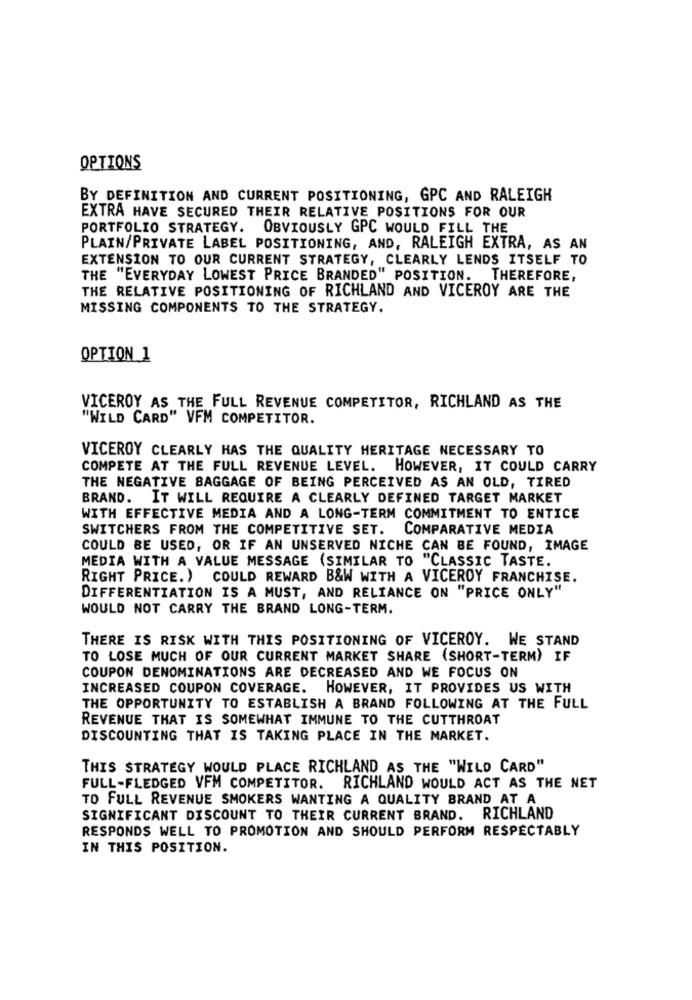
OPTIONS
BY DEFINITION AND CURRENT POSITIONING, GPC AND RALEIGH
EXTRA HAVE SECURED THEIR RELATIVE POSITIONS FOR OUR
PORTFOLIO STRATEGY. OBVIOUSLY GPC WOULD FILL THE
PLAIN/PRIVATE LABEL POSITIONING, AND, RALEIGH EXTRA, AS AN
EXTENSION TO OUR CURRENT STRATEGY, CLEARLY LENDS ITSELF TO
THE "EVERYDAY LOWEST PRICE BRANDED" POSITION. THEREFORE,
THE RELATIVE POSITIONING OF RICHLAND AND VICEROY ARE THE
MISSING COMPONENTS TO THE STRATEGY.
OPTION 1
VICEROY AS THE FULL REVENUE COMPETITOR, RICHLAND AS THE
"WILD CARD" VEM COMPETITOR.
VICEROY CLEARLY HAS THE QUALITY HERITAGE NECESSARY TO
COMPETE AT THE FULL REVENUE LEVEL. HOWEVER, IT COULD CARRY
THE NEGATIVE BAGGAGE OF BEING PERCEIVED AS AN OLD, TIRED
BRAND. IT WILL REQUIRE A CLEARLY DEFINED TARGET MARKET
WITH EFFECTIVE MEDIA AND A LONG-TERM COMMITMENT TO ENTICE
SWITCHERS FROM THE COMPETITIVE SET. COMPARATIVE MEDIA
COULD BE USED, OR IF AN UNSERVED NICHE CAN BE FOUND, IMAGE
MEDIA WITH A VALUE MESSAGE (SIMILAR TO "CLASSIC TASTE.
RIGHT PRICE.)
COULD REWARD B&W WITH A VICEROY FRANCHISE.
DIFFERENTIATION IS A MUST, AND RELIANCE ON "PRICE ONLY"
WOULD NOT CARRY THE BRAND LONG-TERM.
THERE IS RISK WITH THIS POSITIONING OF VICEROY. WE STAND
TO LOSE MUCH OF OUR CURRENT MARKET SHARE (SHORT-TERM) IF
COUPON DENOMINATIONS ARE DECREASED AND WE FOCUS ON
INCREASED COUPON COVERAGE. HOWEVER, IT PROVIDES US WITH
THE OPPORTUNITY TO ESTABLISH A BRAND FOLLOWING AT THE FULL
REVENUE THAT IS SOMEWHAT IMMUNE TO THE CUTTHROAT
DISCOUNTING THAT IS TAKING PLACE IN THE MARKET.
THIS STRATEGY WOULD PLACE RICHLAND AS THE "WILD CARD"
FULL-FLEDGED VFM COMPETITOR. RICHLAND WOULD ACT AS THE NET
TO FULL REVENUE SMOKERS WANTING A QUALITY BRAND AT A
SIGNIFICANT DISCOUNT TO THEIR CURRENT BRAND. RICHLAND
RESPONDS WELL TO PROMOTION AND SHOULD PERFORM RESPECTABLY
IN THIS POSITION.